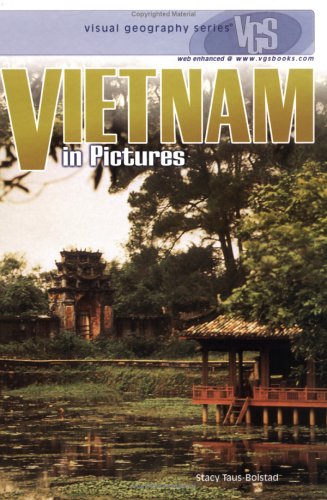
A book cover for Vietnam in Pictures (Visual Geography (Twenty-First Century)); Stacy Taus-Bolstad; Teen & Young Adult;